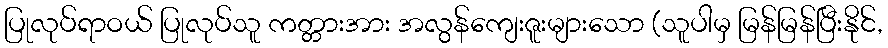
ပြုလုပ်ရာဝယ် ပြုလုပ်သူ ကတ္တားအား အလွန်ကျေးဇူးများသော (သူပါမှ မြန်မြန်ပြီးနိုင်,